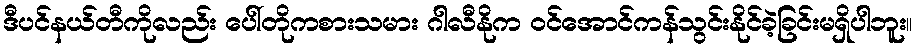
ဒီပင်နယ်တီကိုလည်း ပေါ်တိုကစားသမား ဂါလီနိုက ဝင်အောင်ကန်သွင်းနိုင်ခဲ့ခြင်းမရှိပါဘူး။